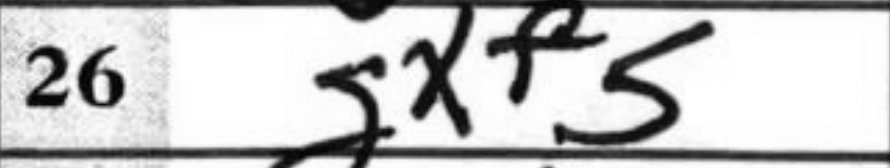
Transcription: gxf5